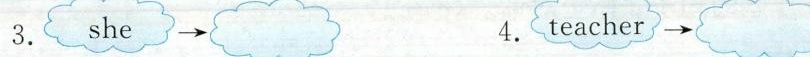
3. she\longrightarrow 4.teacher→